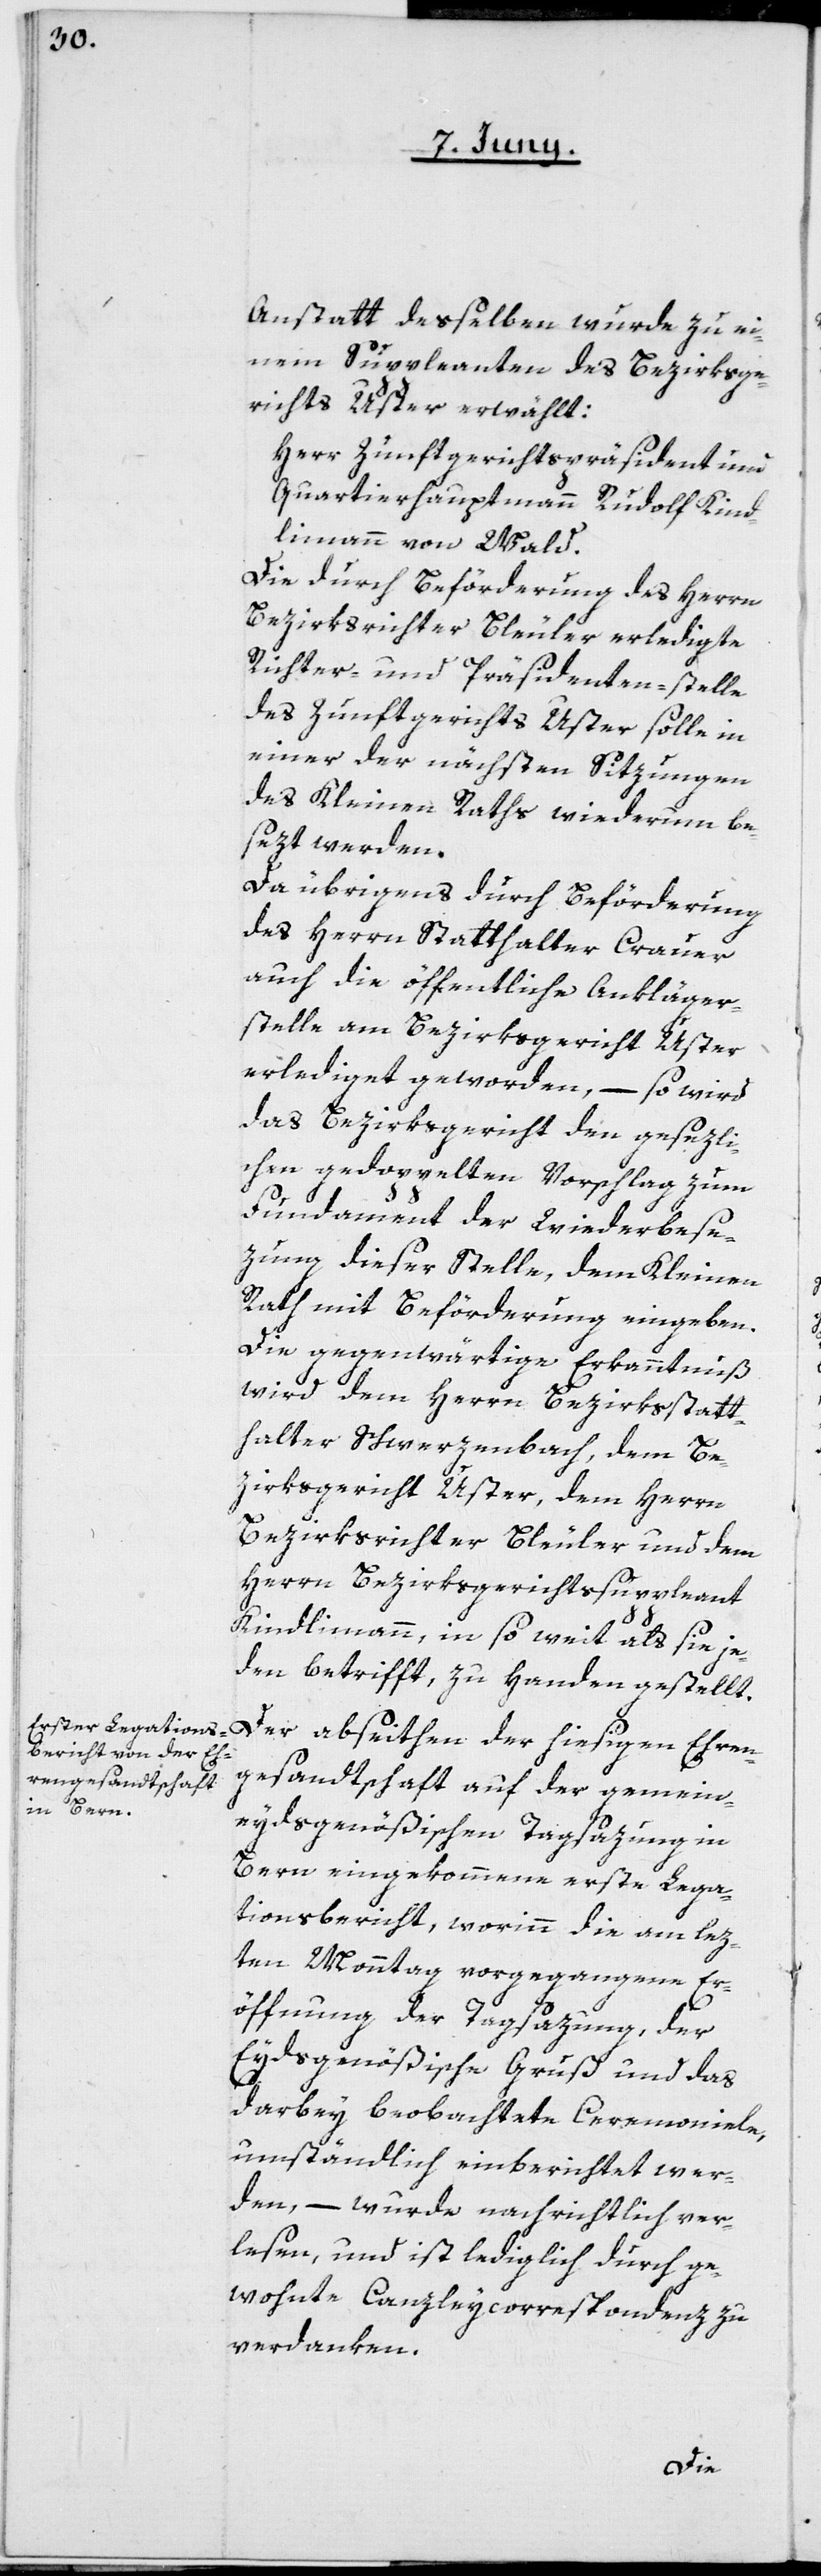
Anstatt desselben wurde zu ei¬
nem Suppleanten des Bezirksge¬
richts Uster erwählt:
Herr Zunftgerichtspräsident und
Quartierhauptmann Rudolf Kind¬
limann von Wald.
Die durch Beförderung des Herrn
Bezirksrichter Bleuler erledigte
Richter- und Präsidenten-stelle
des Zunftgerichts Uster solle in
einer der nächsten Sitzungen
des Kleinen Raths wiederum be¬
sezt werden.
Da übrigens durch Beförderung
des Herrn Statthalter Crauer
auch die öffentliche Ankläger¬
stelle am Bezirksgericht Uster
erlediget geworden, – so wird
das Bezirksgericht den gesezli¬
chen gedoppelten Vorschlag zum
Fundament der Wiederbese¬
zung dieser Stelle, dem Kleinen
Rath mit Beförderung eingeben.
Die gegenwärtige Erkanntnuß
wird dem Herrn Bezirksstatt¬
halter Schwerzenbach, dem Be¬
zirksgericht Uster, dem Herrn
Bezirksrichter Bleuler und dem
Herrn Bezirksgerichtssuppleant
Kindlimann, in so weit als sie je¬
den betrifft, zu Handen gestellt.
gesandtschaft auf der gemein¬
eydsgenößischen Tagsazung in
Bern eingekommene erste Lega¬
tionsbericht, worinn die am lez¬
ten Montag vorgegangene Er¬
öffnung der Tagsazung, der
Eydsgenößische Gruß und das
darbey beobachtete Ceremoniale,
umständlich einberichtet wer¬
den, – wurde nachrichtlich ver¬
lesen, und ist lediglich durch ge¬
wohnte Canzleycorrespondenz zu
verdanken.
Ehren¬